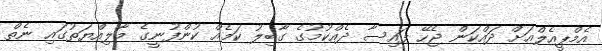
އެމްޕީއެލްއަށް ދައްކަން ޖެހޭ ފައިސާ ދެއްކުމުގެ ގާބިލު ކަމެއް ކުންފުނީގެ މާލިއްޔަތުގައި ނެތް